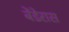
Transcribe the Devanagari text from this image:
बेंडेरास